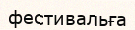
фестивальға